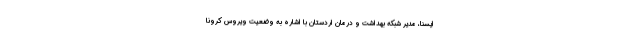
ایسنا، مدیر شبکه بهداشت و درمان اردستان با اشاره به وضعیت ویروس کرونا